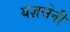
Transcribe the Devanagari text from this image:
यज्ञसेनी